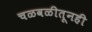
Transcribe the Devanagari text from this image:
चळवळीतूनही